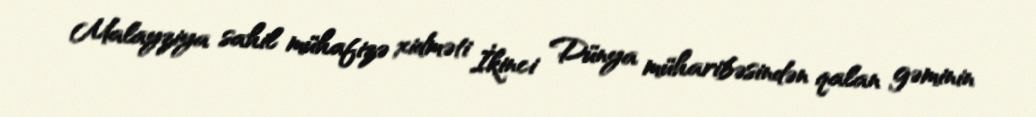
Malayziya sahil mühafizə xidməti İkinci Dünya müharibəsindən qalan gəminin